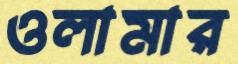
ওলামার